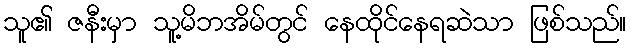
သူ၏ ဇနီးမှာ သူ့မိဘအိမ်တွင် နေထိုင်နေရဆဲသာ ဖြစ်သည်။